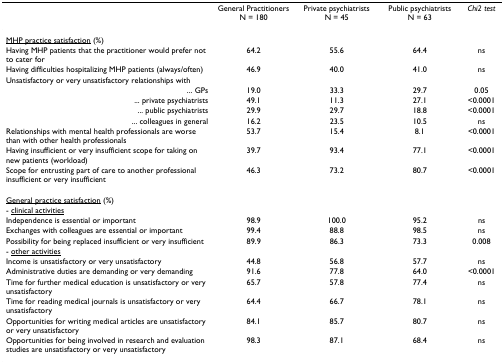
<table><thead><tr><td></td><td><b>General Practitioners N = 180</b></td><td><b>Private psychiatrists N = 45</b></td><td><b>Public psychiatrists N = 63</b></td><td><b><i>Chi2 test</i></b></td></tr></thead><tbody><tr><td><underline>MHP practice satisfaction</underline> (%)</td><td></td><td></td><td></td><td></td></tr><tr><td>Having MHP patients that the practitioner would prefer not to cater for</td><td>64.2</td><td>55.6</td><td>64.4</td><td>ns</td></tr><tr><td>Having difficulties hospitalizing MHP patients (always/often)</td><td>46.9</td><td>40.0</td><td>41.0</td><td>ns</td></tr><tr><td>Unsatisfactory or very unsatisfactory relationships with</td><td></td><td></td><td></td><td></td></tr><tr><td>... GPs</td><td>19.0</td><td>33.3</td><td>29.7</td><td>0.05</td></tr><tr><td>... private psychiatrists</td><td>49.1</td><td>11.3</td><td>27.1</td><td>&lt;0.0001</td></tr><tr><td>... public psychiatrists</td><td>29.9</td><td>29.7</td><td>18.8</td><td>&lt;0.0001</td></tr><tr><td>... colleagues in general</td><td>16.2</td><td>23.5</td><td>10.5</td><td>ns</td></tr><tr><td>Relationships with mental health professionals are worse than with other health professionals</td><td>53.7</td><td>15.4</td><td>8.1</td><td>&lt;0.0001</td></tr><tr><td>Having insufficient or very insufficient scope for taking on new patients (workload)</td><td>39.7</td><td>93.4</td><td>77.1</td><td>&lt;0.0001</td></tr><tr><td>Scope for entrusting part of care to another professional insufficient or very insufficient</td><td>46.3</td><td>73.2</td><td>80.7</td><td>&lt;0.0001</td></tr><tr><td><underline>General practice satisfaction</underline> (%)</td><td></td><td></td><td></td><td></td></tr><tr><td>- <underline>clinical activities</underline></td><td></td><td></td><td></td><td></td></tr><tr><td>Independence is essential or important</td><td>98.9</td><td>100.0</td><td>95.2</td><td>ns</td></tr><tr><td>Exchanges with colleagues are essential or important</td><td>99.4</td><td>88.8</td><td>98.5</td><td>ns</td></tr><tr><td>Possibility for being replaced insufficient or very insufficient</td><td>89.9</td><td>86.3</td><td>73.3</td><td>0.008</td></tr><tr><td>- <underline>other activities</underline></td><td></td><td></td><td></td><td></td></tr><tr><td>Income is unsatisfactory or very unsatisfactory</td><td>44.8</td><td>56.8</td><td>57.7</td><td>ns</td></tr><tr><td>Administrative duties are demanding or very demanding</td><td>91.6</td><td>77.8</td><td>64.0</td><td>&lt;0.0001</td></tr><tr><td>Time for further medical education is unsatisfactory or very unsatisfactory</td><td>65.7</td><td>57.8</td><td>77.4</td><td>ns</td></tr><tr><td>Time for reading medical journals is unsatisfactory or very unsatisfactory</td><td>64.4</td><td>66.7</td><td>78.1</td><td>ns</td></tr><tr><td>Opportunities for writing medical articles are unsatisfactory or very unsatisfactory</td><td>84.1</td><td>85.7</td><td>80.7</td><td>ns</td></tr><tr><td>Opportunities for being involved in research and evaluation studies are unsatisfactory or very unsatisfactory</td><td>98.3</td><td>87.1</td><td>68.4</td><td>ns</td></tr></tbody></table>